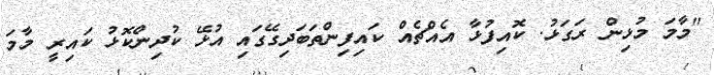
"މާމަ މުޅިން ރަގަޅު. ކޮއިފުޅާ އެއްޗެއް ކައިފިންތަބަދިގޭގައި އުޅޭ ކުދިންކޮޅު ކައިރީ މާމަ